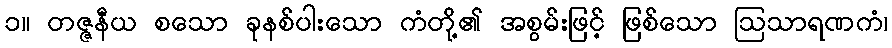
၁။ တဇ္ဇနီယ စသော ခုနစ်ပါးသော ကံတို့၏ အစွမ်းဖြင့် ဖြစ်သော ဩသာရဏကံ၊